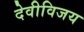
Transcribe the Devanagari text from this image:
देवीविजय